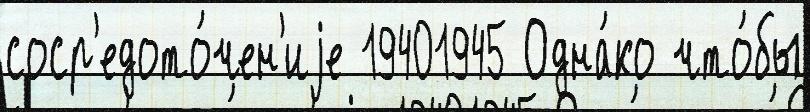
соср'едото́чен'иjе 19401945 Одна́ко что́бы